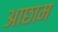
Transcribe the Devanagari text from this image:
आछाम